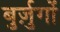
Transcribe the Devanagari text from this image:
बुर्ज़ुगों